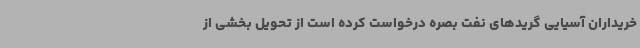
خریداران آسیایی گریدهای نفت بصره درخواست کرده است از تحویل بخشی از